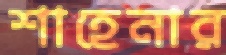
শাহেনার